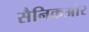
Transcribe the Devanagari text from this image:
सैनिकऔर